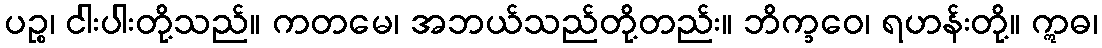
ပဉ္စ၊ ငါးပါးတို့သည်။ ကတမေ၊ အဘယ်သည်တို့တည်း။ ဘိက္ခဝေ၊ ရဟန်းတို့။ ဣဓ၊